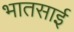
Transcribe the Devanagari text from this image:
भातसाई